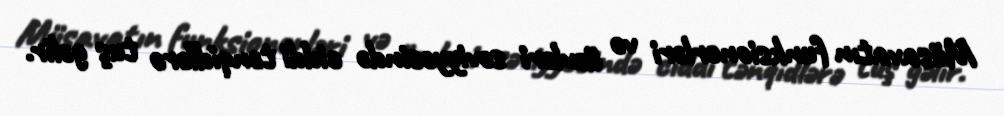
Müsavatın funksionerləri və üzvləri səviyyəsində ciddi tənqidlərə tuş gəlir.